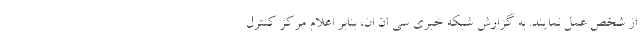
از شخص عمل نمایند. به گزارش شبکه خبری سی ان ان، بنابر اعلام مرکز کنترل